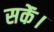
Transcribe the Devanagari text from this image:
सकेंं।